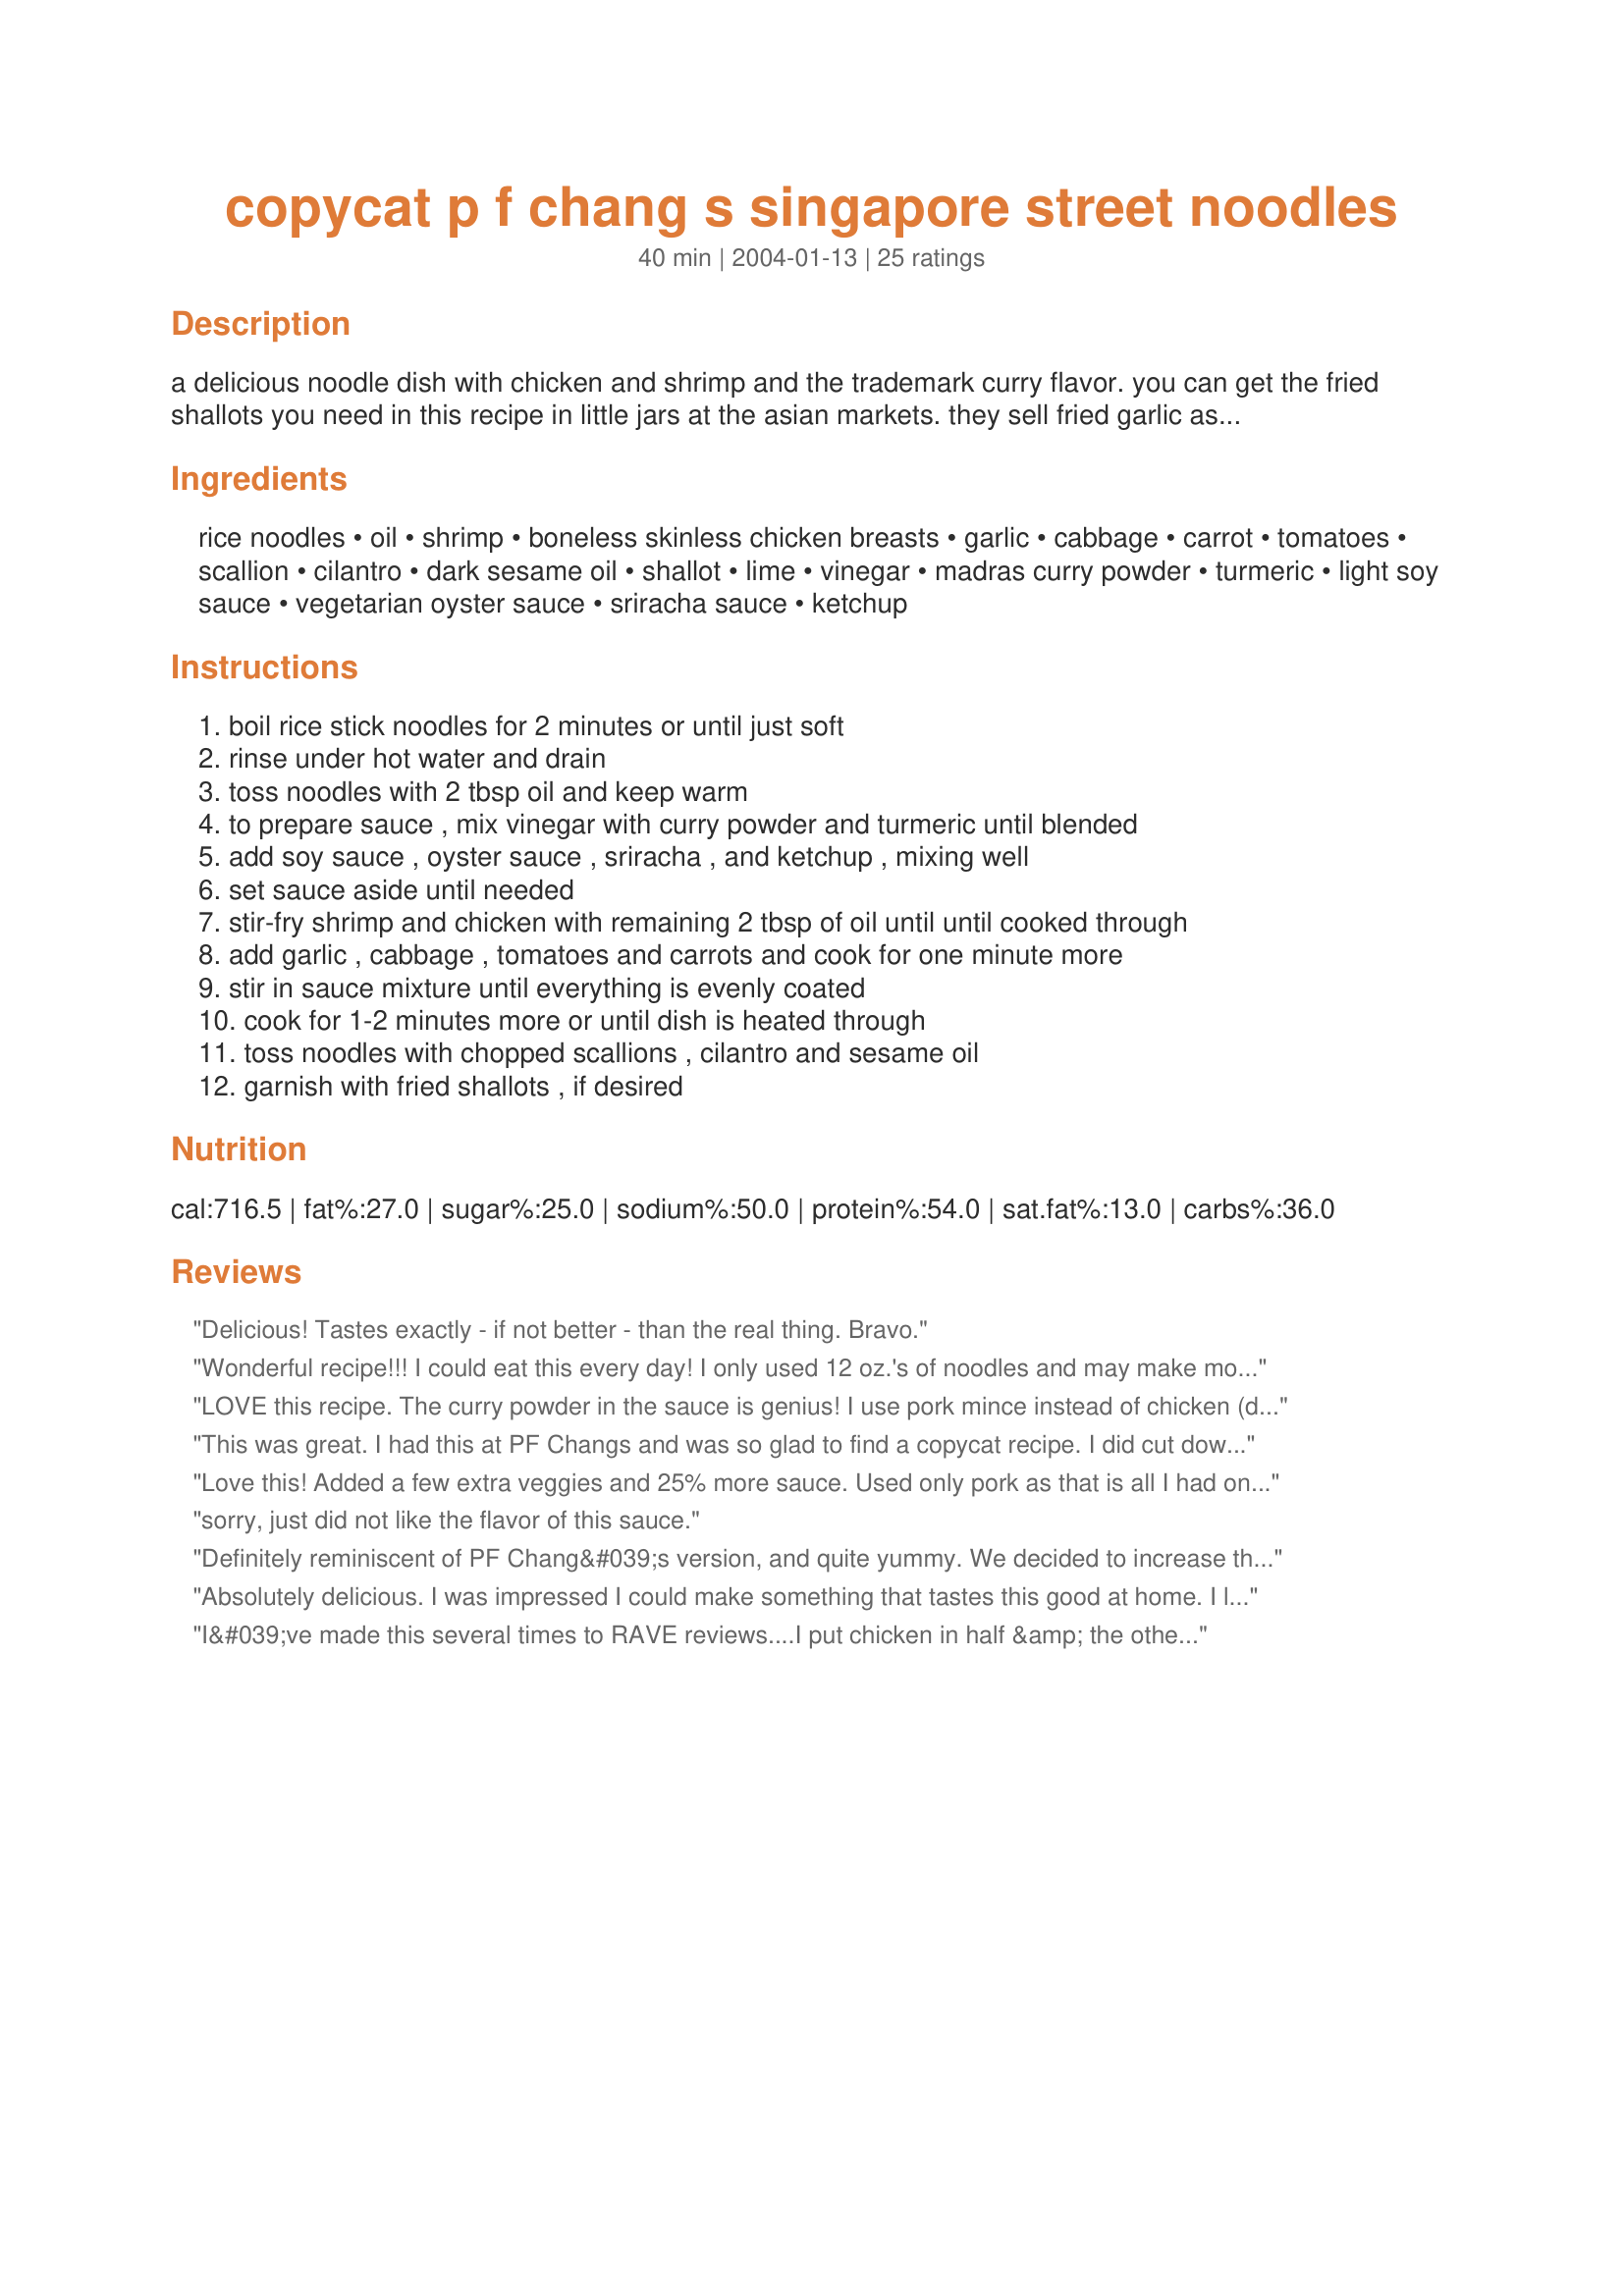
copycat p f chang s singapore street noodles
Preparation time: 40 minutes

a delicious noodle dish with chicken and shrimp and the trademark curry flavor. you can get the fried shallots you need in this recipe in little jars at the asian markets. they sell fried garlic as well.

Ingredients:
rice noodles, oil, shrimp, boneless skinless chicken breasts, garlic, cabbage, carrot, tomatoes, scallion, cilantro, dark sesame oil, shallot, lime, vinegar, madras curry powder, turmeric, light soy sauce, vegetarian oyster sauce, sriracha sauce, ketchup

Steps:
boil rice stick noodles for 2 minutes or until just soft
rinse under hot water and drain
toss noodles with 2 tbsp oil and keep warm
to prepare sauce , mix vinegar with curry powder and turmeric until blended
add soy sauce , oyster sauce , sriracha , and ketchup , mixing well
set sauce aside until needed
stir-fry shrimp and chicken with remaining 2 tbsp of oil until until cooked through
add garlic , cabbage , tomatoes and carrots and cook for one minute more
stir in sauce mixture until everything is evenly coated
cook for 1-2 minutes more or until dish is heated through
toss noodles with chopped scallions , cilantro and sesame oil
garnish with fried shallots , if desired

Reviews:
Delicious! Tastes exactly - if not better - than the real thing. Bravo.
Wonderful recipe!!! I could eat this every day! I only used 12 oz.'s of noodles and may make more sauce next time. Thank you!
LOVE this recipe. The curry powder in the sauce is genius! I use pork mince instead of chicken (didn't have any) and green beans instead of carrots. Halved the recipe but added 25% extra sauce. And also added 2 cloves of garlic and a thumb sized amount of minced ginger when cooking the meat also. Oh forgot to add I cooked the meat in a splash of sesame oil too. GREAT recipe!
This was great. I had this at PF Changs and was so glad to find a copycat recipe. I did cut down on the Sriracha sauce by half and it was still pretty spicy. I just realized that I forgot the sesame oil and garlic - it was still great though. I'll have to make it again and be more careful! This makes a LOT - I halved the recipe and easily could have fed 4.
Love this! Added a few extra veggies and 25% more sauce. Used only pork as that is all I had on hand. It was great. Thank you
sorry, just did not like the flavor of this sauce.
Definitely reminiscent of PF Chang&#039;s version, and quite yummy. We decided to increase the cabbage and carrots and add them last so they would retain more of their crunch, and it was really good this way. The curry powder I make is very spicy so I used sweet chili sauce for the sriracha. It was a great dish and served a ton (probably at least twice what&#039;s stated). This would also be enjoyable for vegetarians too, by omitting the meat or subbing in tofu or cooked egg. I think you could even cut up 3 or 4 limes for squeezing at the end (which is actually missing from the directions - but I assumed I was to add it at step 12).
Absolutely delicious. I was impressed I could make something that tastes this good at home. I love spicy food, but if you don't, then I would recommend using less sriracha sauce :)
I&#039;ve made this several times to RAVE reviews....I put chicken in half &amp; the other half is all veggies for our vegetarian daughter....what a meal!
I've never had PF Changs before, but I love this dish! I even used extra hot sauce but we like it that way ;) I'm blowing my nose as I'm typing this, but I regret nothing! This has tons of flavour. Did some minor changes, left out carrots but added green beans and used sausage in place of chicken. I really love the addition of the curry powder. It's different from noodle dishes I've made before and I really like it. It's definitely a big, bold dish! Thanks!
This recipe was fantastic. I am not sure if it&#039;s exactly the same as the PF Changs version but it&#039;s very close. I used hoisin in place of the oyster sauce because I didn&#039;t have any oyster sauce and it was still amazing. My kids (4 and 1) found this a little too spicy for their liking, so if I made it again I would probably use 1 T. of Sriracha instead of 2, but it wasn&#039;t too spicy for me with the full amount of Sriracha. This is definitely a keeper.
you can toast the shallots in the oven instead of frying them, use a little less sriracha and pf changs uses grape tomatoes, not conventional ones
This is my latest fav stir fry. got the flavour down pat.
Wow! Stunning flavor! I made a few necessary changes, but I was determined to follow what I could of this recipe because it looked really good and I wasn't disappointed! I omitted the chicken and lime (won't next time, but I didn't have either), and the optional fried shallots. I also used Ship Green Label Indian curry powder and cut the sriracha by half. This made it still too hot for us (we're wussies), so next time I'll use about 1/4 of the listed amount. The sauce is absolutely outstanding... what a great mix of flavors! I served this as a simple meal with a batch of my Recipe #357523 (which I burnt, but I won't expound upon... they were still good!) Thanks, Sue, for another culinary winner!
I was so excited to find this recipe, because this is my favorite dish on the PF Changs Menu. I spent a good bit of time in the local asian grocery finding all the ingredients, struggled with the myriad of different directions for rice noodles
( the three packets I bought had widely variant directions, and an internet search was no help.) My husband, daughter and myself sat down to dinner, and this was not edible. I followed the recipe, and it was too spicy hot to eat. We had to fix a frozen pizza instead. I may try it again with 1/4 of the amount of Sriracha sauce, but I was very disappointed.
Excellent flavor but I would recommend putting in only half the Siracha if you want it to taste like PF Changs. This version is much spicier.
I am allergic to oyster sauce, what can I substitute
The flavor was nice, very much like PF Chang's except for the heat. I think next time I will use only 1 TB of the sirarcha sauce. Also used <a href="/174350">Madras Curry Powder</a> for the Madras Curry Powder.
This is a wonderful recipe! I worked at Chang's for 3-4 years, and it is spot on. My only critique (and the ONLY reason I'm giving 4 stars instead of 5) is that the ketchup is entirely unnecessary. If you leave it out, you get more of the authentic P.F. Chang's Street Noodle flavor.
Do I use regular green or Nappa cabbage?
This was wonderful! It's been a while since I had the noodles at P.F. Chang, but they sure taste similar to what I remember. Nice and spicy!
I had to make a few modifications since I was out of some items. I only used 2 chicken thighs that were already cooked from a previous meal. I diced them up and added at the cabbage step. I also didn't have shrimp but added a handful of peanuts to give it some more bulk. I used more shredded cabbage to help thin out the noodles a bit and used an extra squirt of Sriracha Hot Sauce in place of 1T of the Ketchup. I also used the white part of the scallions and sliced them thin and sauteed them with the cabbage. I omitted the cilantro as I'm not a fan and didn't end up using the limes (was too excited to eat!) I also used a handful of broccoli slaw instead of the carrot since that's what we had in the fridge. Basically this recipe can accommodate a lot of change and still retain the same basic taste due to the yummy sauce. This is seriously the best and easiest to make sauce. I'll definitely be making this again. Thanks so much to Sue for sharing this recipe!!! Oh, I would make the suggestion to use 8 oz of boneless skinless chicken thighs instead of the breast meat. They have a lot more flavor for a stir fry like this. Enjoy!!!!
I thought this was a fantastic recipie - tasted just like take away. Thank you Sue L. x
I worked with what I had, but whatever shortcomings there were in my meal, they were my fault. I can't speak for the recipe as a whole, but that sauce was AMAZING. I've never had Chinese food come from my kitchen that tasted so good.
We don't have PF Chang's here so I can't vouch for authenticity but this was excellent. Big flavor here! I omitted the fried shallots only because I had none. I added a handful of sugar peas with the rest of the vegetables too, and made half with whole wheat spaghettini (lower GI for diabetics) and half with rice noodles. This recipe makes a lot, probably enough for 6. I found it took me longer to prep everything but the cooking time was much less so all in all the times given balanced out. This recipe is so flexible with what you have on hand. We REALLY enjoyed this, and I'll be making it often. Thank you Sue L
